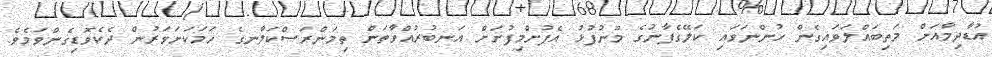
އުޑާދިމާއަށް މަތިބައްލަވައިގެން ހުންނަވައި ކަލޭގެފާނުގެ މޫނުފުޅު އެފުށްމިފުށަށް އަނބުރުއްވާތަން ތިމަންރަސްކަލާނގެ ހަމަކަށަވަރުން ދެކެވޮޑިގެންވަމެވެ.